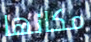
مكانها